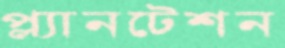
প্ল্যানটেশন